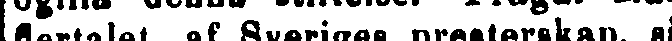
flertalet af Sveriges presterskap, så